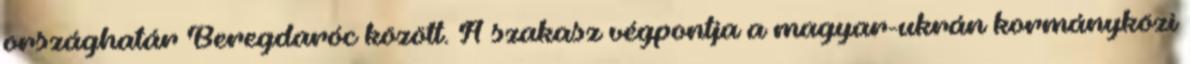
országhatár Beregdaróc között. A szakasz végpontja a magyar-ukrán kormányközi